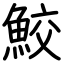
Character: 鮫